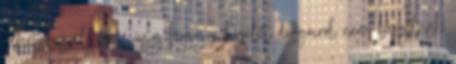
lehet beszélgetni, úgy hogy a közélet dolgairól nem beszélünk